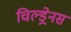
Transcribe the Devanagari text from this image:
चिल्ड्रेनस